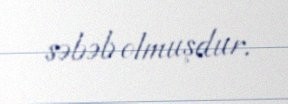
səbəb olmuşdur.